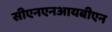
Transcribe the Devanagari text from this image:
सीएनएनआयबीएन